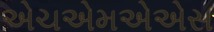
એચએમએએસ